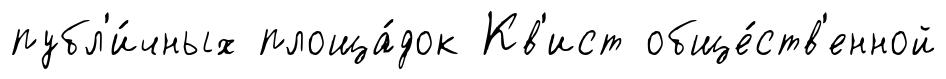
публ'и́чных площа́док Кв'ист обще́ств'енной